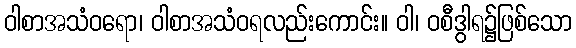
ဝါစာအသံဝရော၊ ဝါစာအသံဝရလည်းကောင်း။ ဝါ၊ ဝစီဒွါရ၌ဖြစ်သော